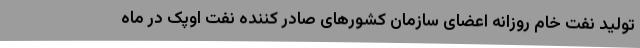
تولید نفت خام روزانه اعضای سازمان کشورهای صادر کننده نفت اوپک در ماه